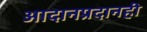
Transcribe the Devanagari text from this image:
आदानप्रदानही